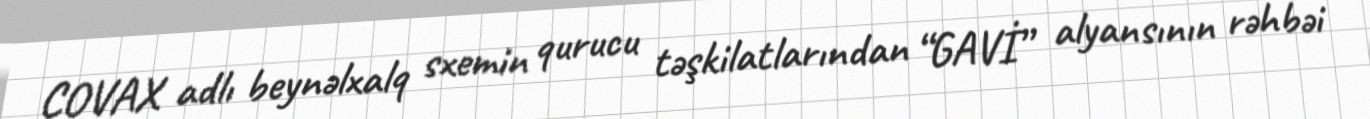
COVAX adlı beynəlxalq sxemin qurucu təşkilatlarından “GAVİ” alyansının rəhbəi